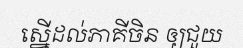
ស្នើដល់ភាគីចិន ឲ្យជួយ